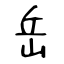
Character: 岳